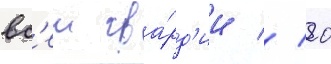
вс'еи гва́рд'ии // 20